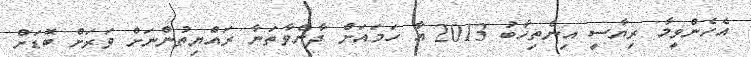
އެހެންވީމާ ރިޔާސީ އިންތިހާބު 2013 އާ ހަމައަށް ދާންވާތަނާ ރައްޔިތުންނަށް ވަރަށް ބޮޑަށް